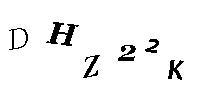
DHZ22K